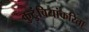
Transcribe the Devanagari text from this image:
कुटुंबियांकरिता